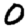
Digit: 0